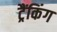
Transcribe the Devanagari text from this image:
ट्रैंकिंग